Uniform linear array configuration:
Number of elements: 8
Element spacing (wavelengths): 0.25
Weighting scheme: kaiser
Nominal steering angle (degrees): -45
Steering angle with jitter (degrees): -45.849
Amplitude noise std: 0.05
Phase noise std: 0.05

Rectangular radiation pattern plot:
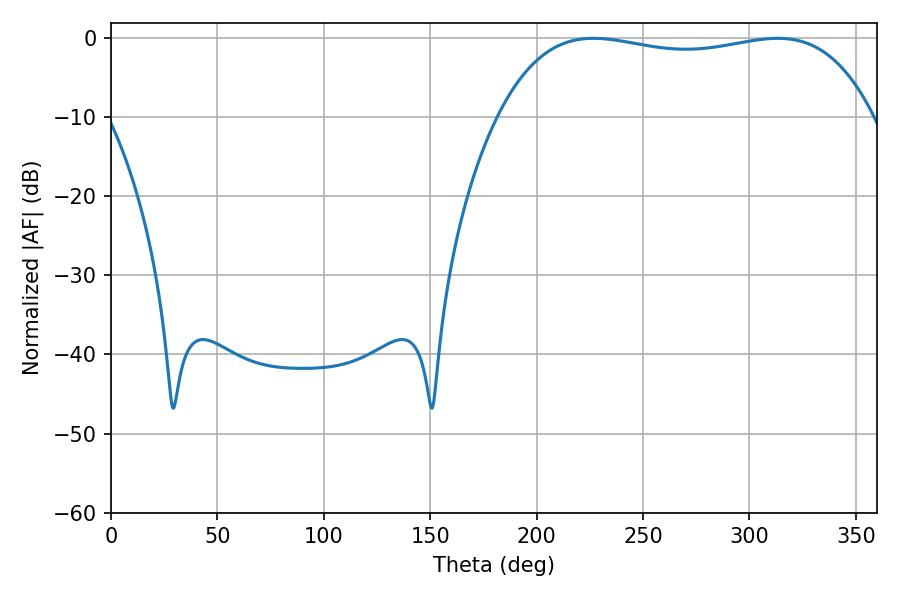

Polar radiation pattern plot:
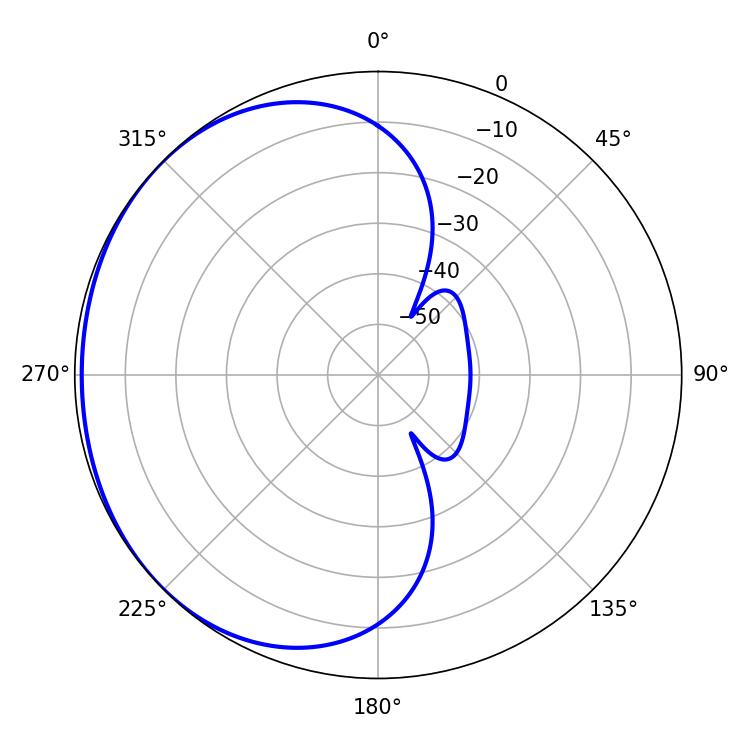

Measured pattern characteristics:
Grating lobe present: FALSE
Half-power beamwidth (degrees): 141.48
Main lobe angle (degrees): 226.62